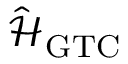
\mathcal { \hat { H } } _ { \mathrm { G T C } }